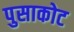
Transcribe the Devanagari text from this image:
पुसाकोट